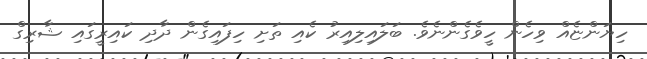
ހިޔަންޏެއް ވިހެން ހީވެގެންނެވެ. ބަލައިލިއިރު ކެއި ތަށި ހިފައިގެން ދާދި ކައިރީގައި ޝާރިގް